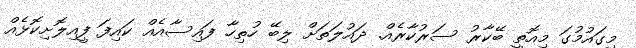
މިގައުމުގަ މިއޮތީ ބޭކާރު ސަރުކާރެއް. ދައުލަތަށް ލިބޭ ހުތިހާ ފައިސާއެއް ކައިފަ ފީއިލޮށިކޮޅެއް